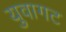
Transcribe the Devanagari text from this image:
युवागट